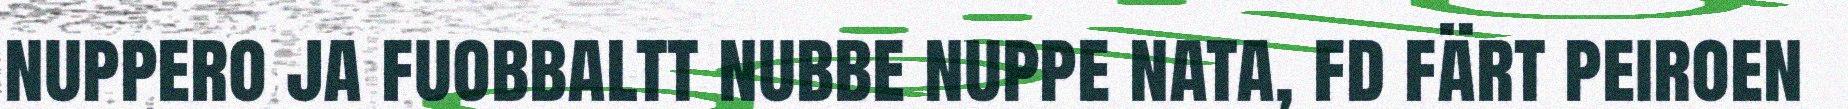
nuppero ja fuobbaltt nubbe nuppe nata, fd färt peiroen